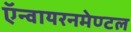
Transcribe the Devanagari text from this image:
ऍन्वायरनमेण्टल